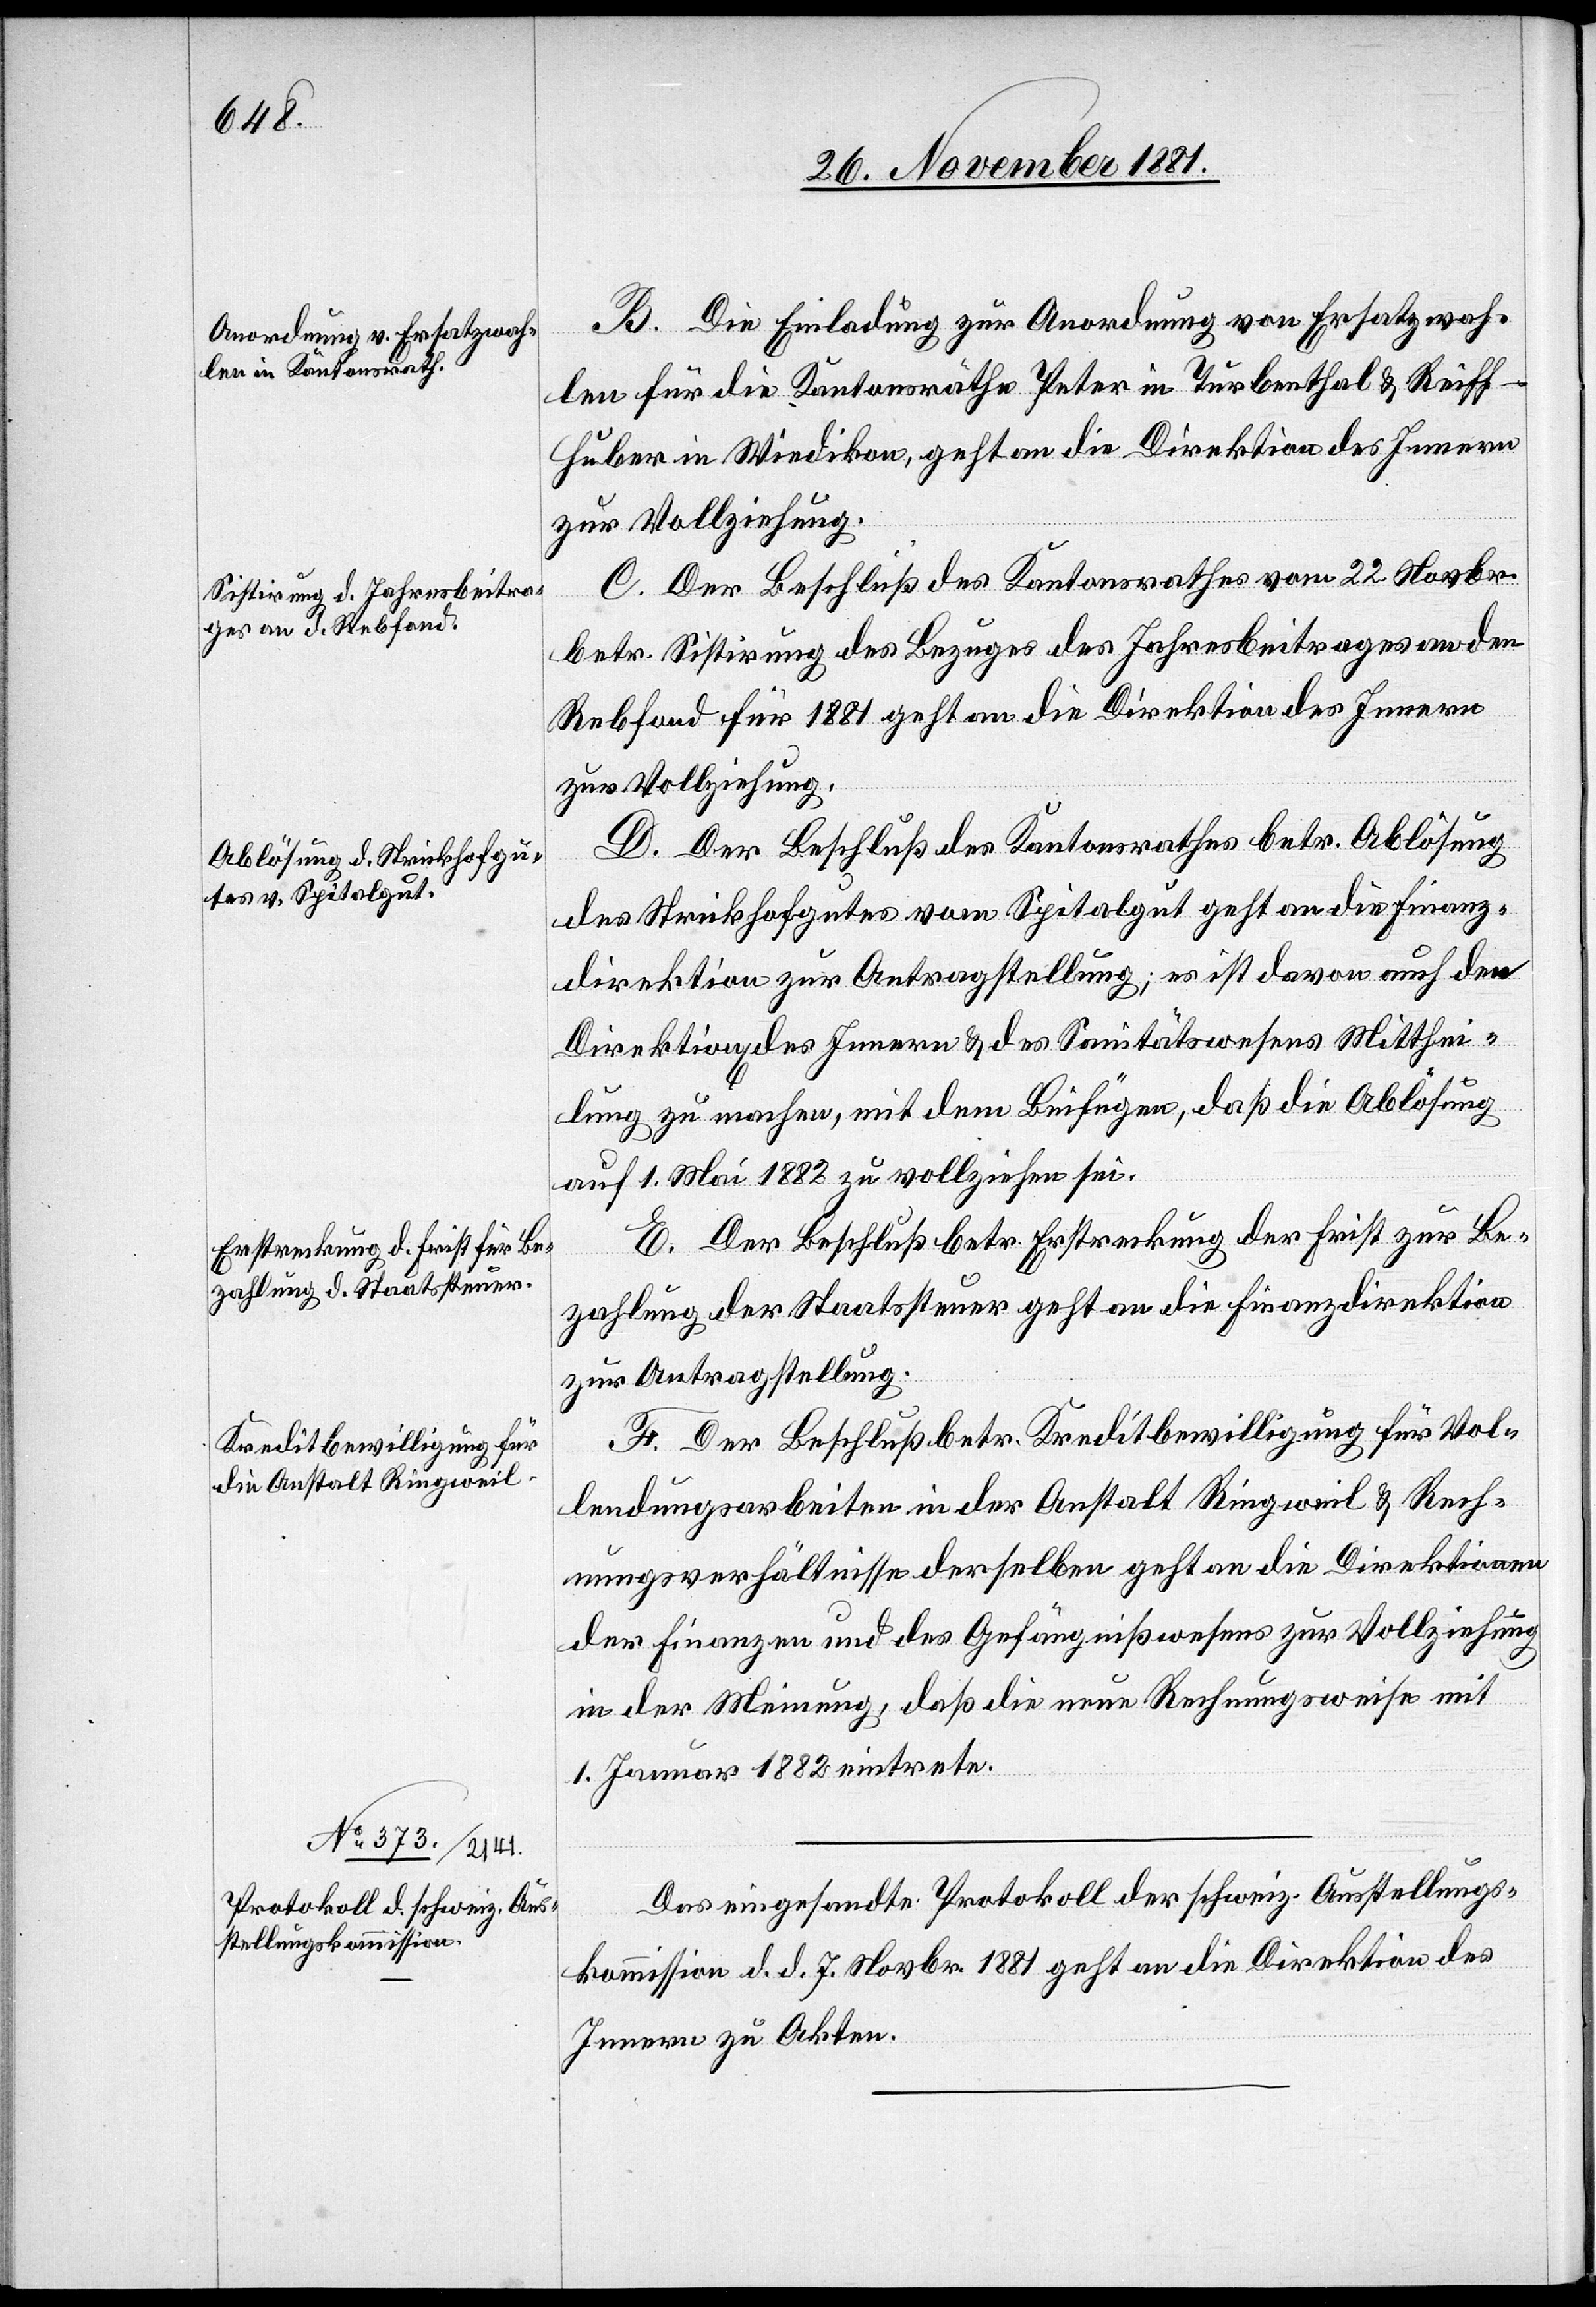
2.234

B. Die Einladung zur Anordnung von Ersatzwah¬
len für die Kantonsräthe Peter in Turbenthal & Reif¬
f-Huber in Wiedikon, geht an die Direktion des Innern
zur Vollziehung.
C. Der Beschluß des Kantonsrathes vom 22. Novbr.
betr. Sistirung des Bezuges des Jahresbeitrages an den
Rebfond für 1881 geht an die Direktion des Innern
zur Vollziehung.
D. Der Beschluß des Kantonsrathes betr. Ablösung
des Strickhofgutes vom Spitalgut geht an die Finanz¬
direktion zur Antragstellung; es ist davon auch den
Direktion[en] des Innern & des Sanitätswesens Mitthei¬
lung zu machen, mit dem Beifügen, daß die Ablösung
auf 1. Mai 1882 zu vollziehen sei.
E. Beschluß betr. Erstreckung der Frist zur Be¬
zahlung der Staatssteuer geht an die Finanzdirektion
zur Antragstellung.
F. Der Beschluß betr. Kreditbewilligung für Vol¬
lendungsarbeiten in der Anstalt Ringweil & Rech¬
nungsverhältnisse derselben geht an die Direktionen
der Finanzen und des Gefängnißwesens zur Vollziehung
in der Meinung, daß die neue Rechnungsweise mit
1. Januar 1882 eintrete.
Das eingesandte Protokoll der schweiz. Ausstellungs¬
kommission d. d. 7. Novbr. 1881 geht an die Direktion des
Innern zu Akten.